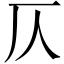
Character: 仄